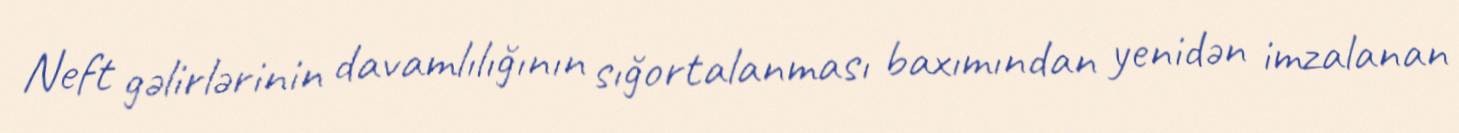
Neft gəlirlərinin davamlılığının sığortalanması baxımından yenidən imzalanan